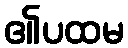
၏ပထမ